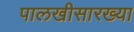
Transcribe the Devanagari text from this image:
पालखीसारख्या